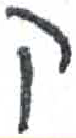
אות: ק